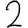
Digit: 2